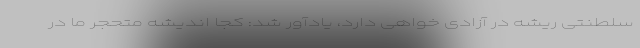
سلطنتی ریشه در آزادی خواهی دارد، یادآور شد: کجا اندیشه متحجر ما در